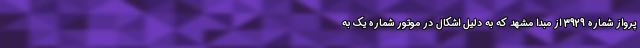
پرواز شماره 3929 از مبدا مشهد که به دلیل اشکال در موتور شماره یک به